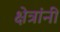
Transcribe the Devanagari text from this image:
क्षेत्रांनी